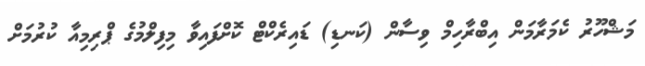
މަޝްހޫރު ކެމަރާމަން އިބްރާހިމް ވިސާން (ކަނޑި) ޑައިރެކްޓް ކޮށްފައިވާ މިފިލްމުގެ ޕްރިމިއާ ކުރުމަށް